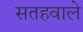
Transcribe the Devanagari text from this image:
सतहवाले